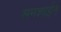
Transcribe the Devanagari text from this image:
सनशाईन